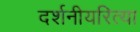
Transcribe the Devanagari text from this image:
दर्शनीयरित्या